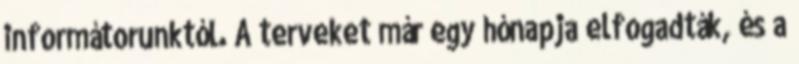
informátorunktól. A terveket már egy hónapja elfogadták, és a